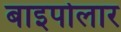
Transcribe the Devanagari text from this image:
बाइपोलार